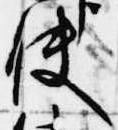
使